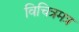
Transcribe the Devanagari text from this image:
विचित्रमत्र